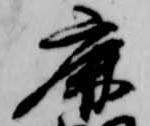
鹿